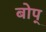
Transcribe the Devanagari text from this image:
बोप्